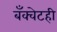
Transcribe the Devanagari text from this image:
बँक्वेटही